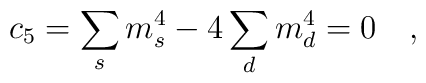
c_5=\sum_{s} m_s^4-4 \sum_{d} m_d^4=0~~~,